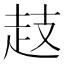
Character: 䞚